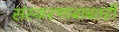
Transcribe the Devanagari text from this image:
संस्करणाबाबतही